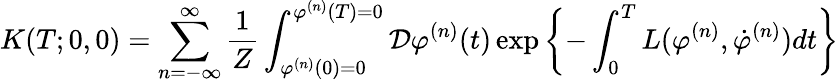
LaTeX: K(T;0,0)=\sum_{n=-\infty}^{\infty}\frac{1}{Z}\int_{\varphi^{(n)}(0)=0}^{\varphi^{(n)}(T)=0}{\cal D}\varphi^{(n)}(t)\exp\left\{ -\int_{0}^{T}L(\varphi^{(n)},\dot{\varphi}^{(n)})dt\right\}